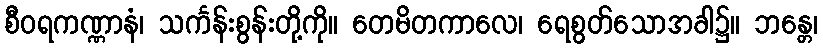
စီဝရကဏ္ဏာနံ၊ သင်္ကန်းစွန်းတို့ကို။ တေမိတကာလေ၊ ရေစွတ်သောအခါ၌။ ဘန္တေ၊